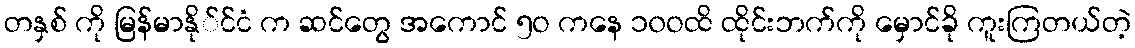
တနှစ် ကို မြန်မာနို်င်ငံ က ဆင်တွေ အကောင် ၅ဝ ကနေ ၁၀ဝထိ ထိုင်းဘက်ကို မှောင်ခို ကူးကြတယ်တဲ့